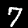
Label: 7